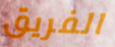
الفريق